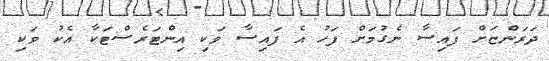
ދަރަންޏަށް ފައިސާ ނެގުމަށް ފަހު އެ ފައިސާ ވަކި އިންޓަރެސްޓަކާ އެކު ވަކި